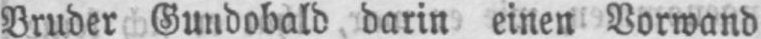
Bruder Gundobald darin einen Vorwand